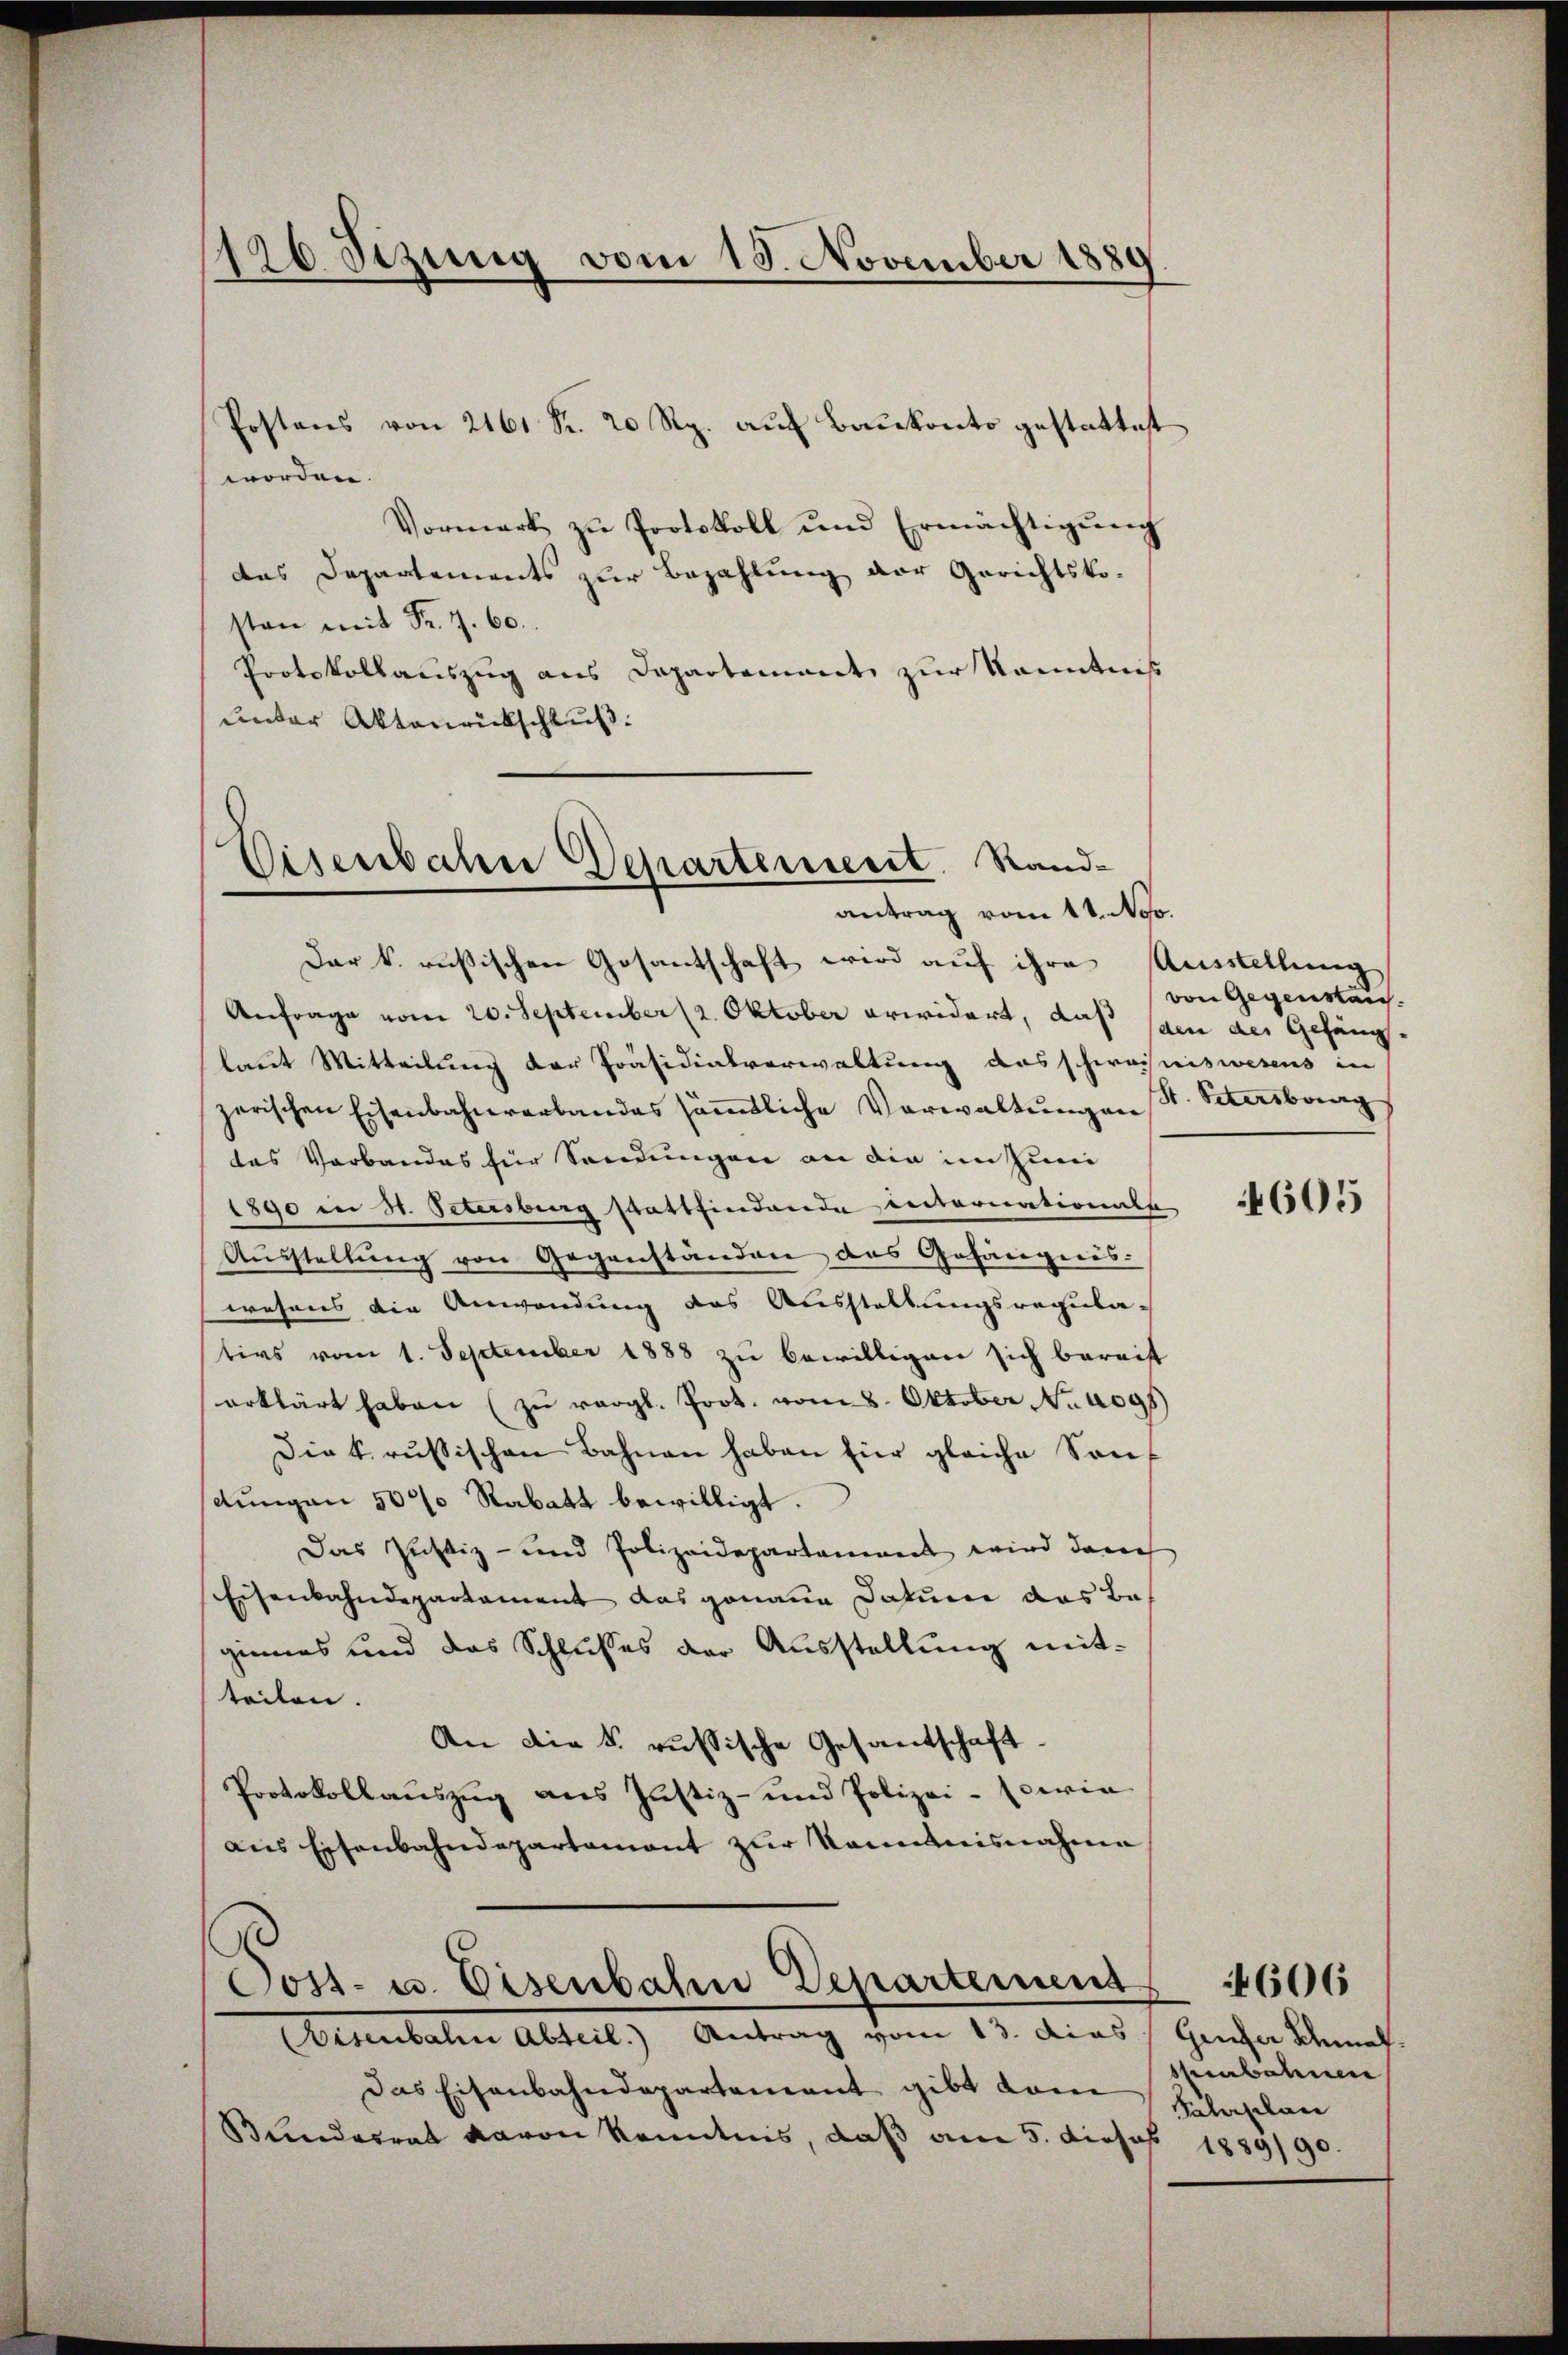
126 Stzung vom 18. November 1889

Postens von 2161 Fr. 20 Rp. auf Baukonto gestattest
worden.
Vormerk zŭ Protokoll und Ermächtigŭng
das Departements zur Bezahlung der Gerichtskosten mit Fr. 7. 60.
Protokollauszug aus Departement zur Kenntnis
unter Aktenrückschluß:
Dar k. russischen Gesandtschaft wird auf ihre Ausstellung
Anfrage vom 20. September (2. Oktober erwidert, daß sien des Gefänglaut Mitteilung der Präsidialverwaltung des schweiniswesens in
zerischen Eisenbahnverbandes sämtliche Verwaltungen
das Verbandes für Sendungen an die in Zumi
1890 in St. Petersburg stattfindende internationalse
Ausstellung von Gegenständen das Gefängens-
wesens die Anwendung des Ausstellungsregula-
tirs vom 1. September 1888 zu bewilligen sich bereit
erklärt haben (zŭ vergl. Prot. vom 8. Oktober No. 4095)
Diekrŭsischen Bahnen haben für gleiche Son-
dungen 50% Rabatt bewilligt.
Das Justiz- und Polizeidepartanent wird dann
Eisenbahndepartement das genaue Datum das Beginnes und das Schlußes der Ausstellung mitteilen.
An die k. russische Gesandschaft.
Protokollauszug aus Justiz- und Polizei- sowie
aus Eisenbahndepartament zur Kenntnisnahme
Cost- u. Eisenbahn Departement
Eisenbahn Abteil.) Antrag vom 13. dies
Das Eisenbahndepartement gibt dam
Bundesrat davon Kenntnis, daß am 5. dieses 1889/90

Eisenbahn Departement. Stand-
antrag vom 11. No.

von Gegensaus
St. Petersburg

4605

Genfer Schmal.
shenbahnen
Salaplan

4606